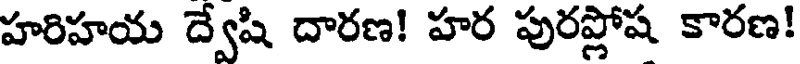
హరిహయ ద్వేషి దారణ! హర పురప్లోష కారణ!